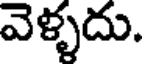
వెళ్ళదు.